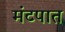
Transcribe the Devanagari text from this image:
मंटपात